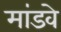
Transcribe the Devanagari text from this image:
मांडवे